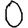
Digit: 0